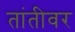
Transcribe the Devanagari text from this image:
तांतीवर